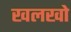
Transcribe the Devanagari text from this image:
खलखो